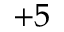
+ 5